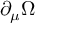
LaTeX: \partial _ { \mu } \Omega